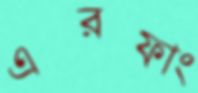
এরফাং